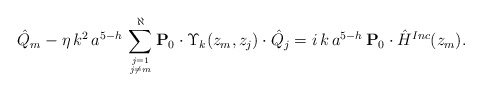
\begin{align*}\hat Q_{m} - \eta \, k^2 \, a^{5-h} \, \sum_{j=1 \atop j \neq m}^\aleph {\bf{P}}_{0} \cdot \Upsilon_k(z_{m}, z_j) \cdot \hat{Q}_{j}= i \, k \, a^{5-h} \, {\bf{P}}_{0} \cdot \hat H^{Inc}(z_{m}).\end{align*}